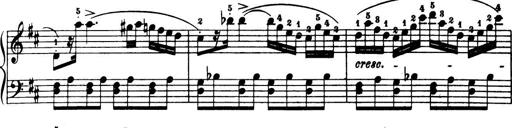
Title: 32 Sonatinas and Rondos for the Piano
Composer: Richard Kleinmichel